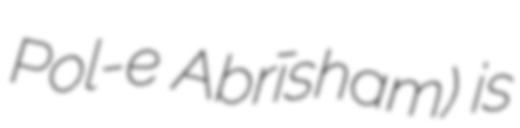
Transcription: Pol-e Abrīsham) is